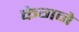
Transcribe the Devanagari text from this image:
केगने